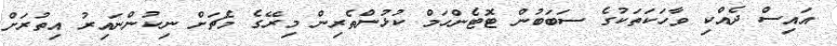
އައިސް ދެއްކި ވާހަކަތަކުގެ ސަބަބުން ޓޮޓެންހަމް ކުޅުންތެރިން މިރޭގެ މެޗަށް ނިކުންނައިރު އިތުރަށް